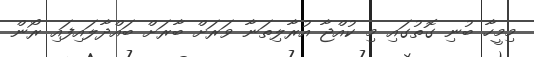
މިމީހާ ބުނި ގޮތުގައި މި ކުއްޖާ އުރާލިތަނާ ވަރަށް ބާރަށް ބައްދާލައިފައި ރޯން